Annual administration report of the Civil Veterinary Department of India - 1897-1898
Year: 1897
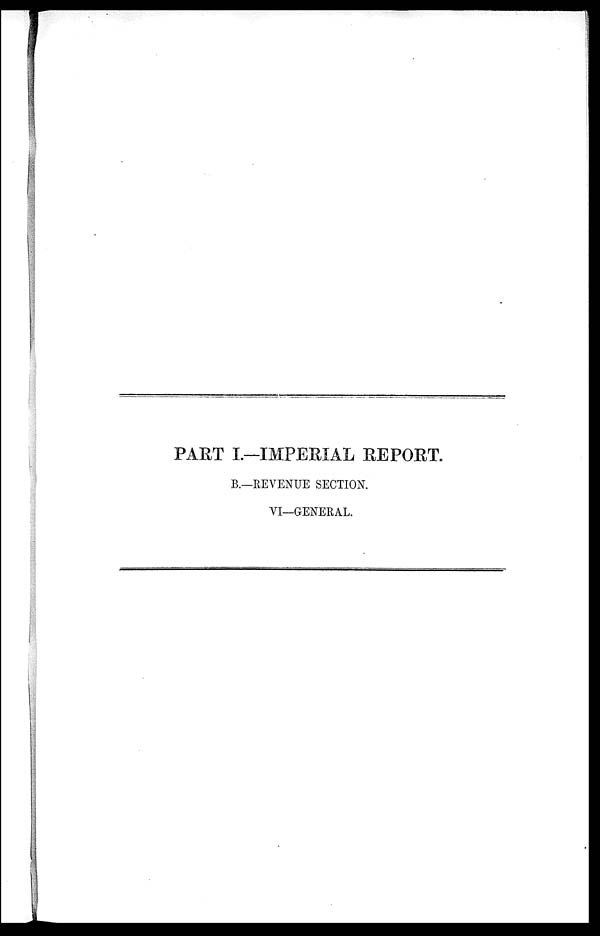
PART I.—IMPERIAL REPORT.
B.—REVENUE SECTION.
VI—GENERAL.